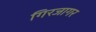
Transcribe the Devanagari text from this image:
गिरजागर